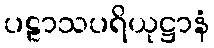
ပဠာသပရိယုဋ္ဌာနံ